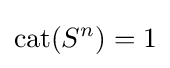
\operatorname {cat} (S^{n})=1